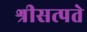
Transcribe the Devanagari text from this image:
श्रीसत्पते